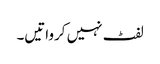
لفٹ نہیں کرواتیں۔